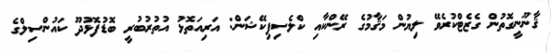
ޤާނޫނީގޮތުން ގެޒެޓްކުރެވޭ ލިޔުން މަޤާމުގެ ރޭންކާއި ކްލެސިފިކޭޝަން: އަރިއަތޮޅު އުތުރުބުރީ ބޮޑުފޮޅުދޫ ކައުންސިލްގެ